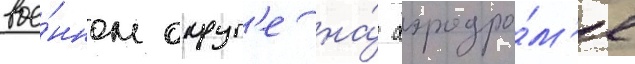
вое́нном округ'е на́ аэродро́м'е